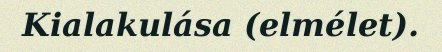
Kialakulása (elmélet).